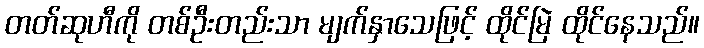
တတ်ဆုဟီကို တစ်ဦးတည်းသာ မျက်နှာသေဖြင့် ထိုင်မြဲ ထိုင်နေသည်။